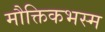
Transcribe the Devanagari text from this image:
मौक्तिकभस्म